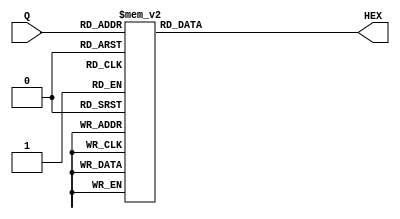
module BCDToHex (Q, HEX);
	input 		[3:0] Q;
	output      [6:0] HEX;
	
	reg        [6:0] HEX;
	
	always @(*) begin
		case (Q)
			4'b0000 : HEX = 8'b11000000;
         4'b0001 : HEX = 8'b11111001;
         4'b0010 : HEX = 8'b10100100;
         4'b0011 : HEX = 8'b10110000;
         4'b0100 : HEX = 8'b10011001;
         4'b0101 : HEX = 8'b10010010;
         4'b0110 : HEX = 8'b10000010;
         4'b0111 : HEX = 8'b11111000;
         4'b1000 : HEX = 8'b10000000;
         4'b1001 : HEX = 8'b10011000;
         4'b1010 : HEX = 8'b00001000;
         4'b1011 : HEX = 8'b00000000;
         4'b1100 : HEX = 8'b01000110;
         4'b1101 : HEX = 8'b01000000;
         4'b1110 : HEX = 8'b00000110;
         4'b1111 : HEX = 8'b00001110;
         default : HEX = 8'b00000000;
		endcase
	end
endmodule